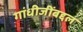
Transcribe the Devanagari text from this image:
गांधीजींबद्दल